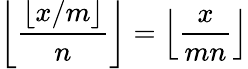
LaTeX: \left\lfloor{\frac{\lfloor x/m\rfloor}{n}}\right\rfloor=\left\lfloor{\frac{x}{mn}}\right\rfloor